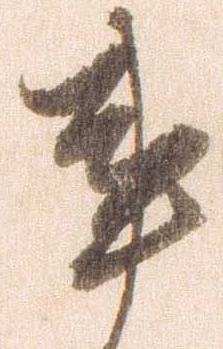
事